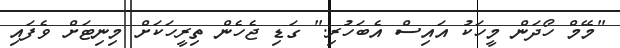
"މޭމް ހޯދަން މީހަކު އައިސް އެބަހުރި." ގަޑި ޖެހެން ތިރީހަކަށް މިނިޓަށް ވެފައި